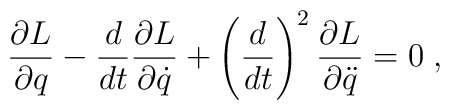
{\partial L \over \partial q} - {d \over d t} {\partial L \over \partial \dot{q}} + \left({d \over d t}\right)^2 {\partial L \over \partial \ddot{q}}= 0 \; ,